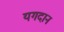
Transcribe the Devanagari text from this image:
यगदान